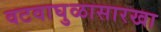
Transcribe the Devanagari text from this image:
वटवाघुळासारखा